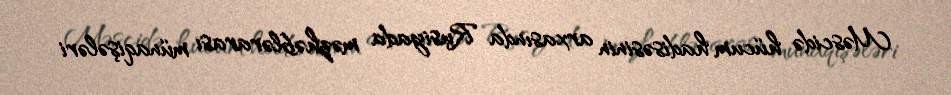
Məscidə hücum hadisəsinin arxasında Rusiyada məzhəblərarası münaqişələri